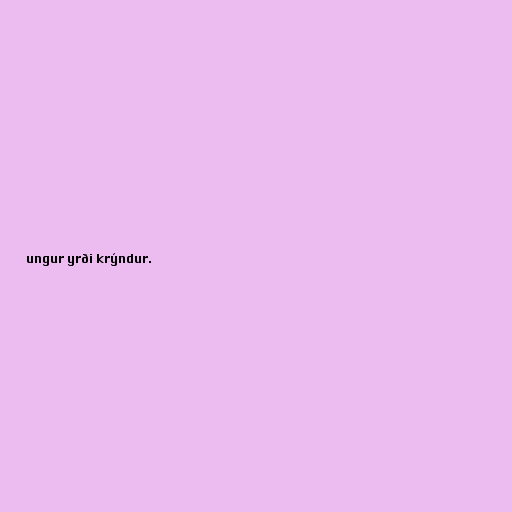
ungur yrði krýndur.